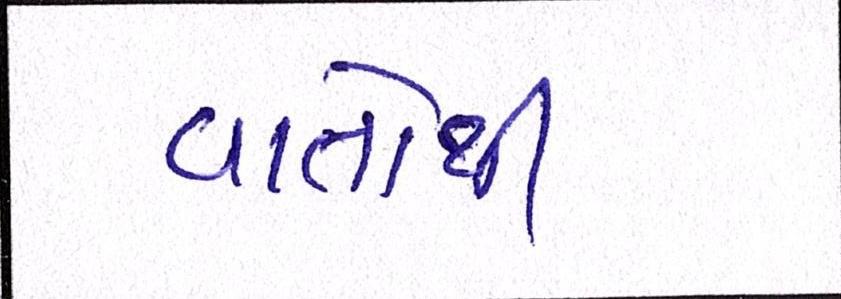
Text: વાતોથી